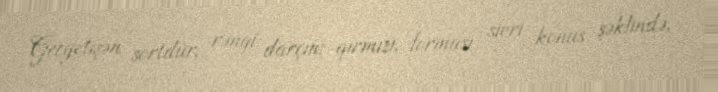
Gecyetişən sortdur, rəngi darçını-qırmızı, forması sivri konus şəklində,